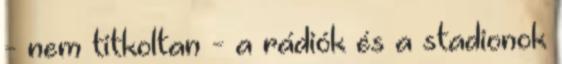
- nem titkoltan - a rádiók és a stadionok